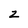
Character: 2